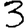
Digit: 3